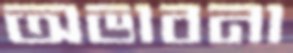
অভাবনা